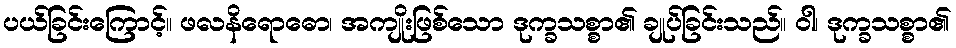
ပယ်ခြင်းကြောင့်။ ဖလနိရောဓော၊ အကျိုးဖြစ်သော ဒုက္ခသစ္စာ၏ ချုပ်ခြင်းသည်။ ဝါ၊ ဒုက္ခသစ္စာ၏